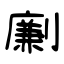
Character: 劆